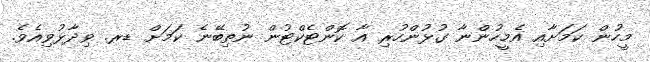
މީހުން ކަމަށާއި އެމީހުންނާ ގުޅުންހުރި އާ ކޮންޓެކްޓުން ނުތިބޭނެ ކަމަށް ޑރ. ވިދާޅުވިއެވެ.